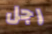
رجل